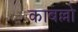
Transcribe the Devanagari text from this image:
काबल्लो